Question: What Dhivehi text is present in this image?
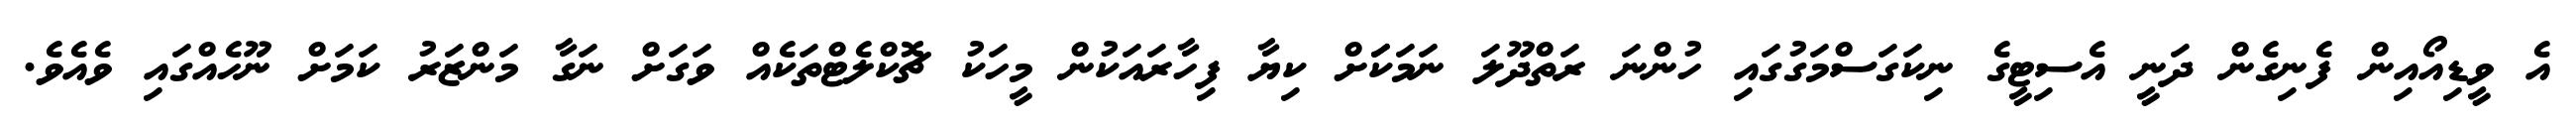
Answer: އެ ވީޑިއޯއިން ފެނިގެން ދަނީ އެސިޓީގެ ނިކަގަސްމަގުގައި ހުންނަ ރަތްދޫލަ ނަމަކަަށް ކިޔާ ފިހާރައަކުން މީހަކު ޗޮކްލެޓްތަކެއް ވަގަށް ނަގާ މަންޒަރު ކަމަށް ނޫހެއްގައި ވެއެވެ.